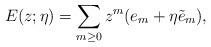
LaTeX: \begin{align*}E(z;\eta) = \sum_{m\geq 0} z^m ( e_m + \eta \tilde{e}_m) ,\end{align*}